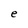
Character: e